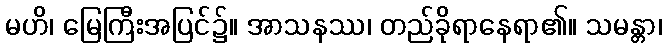
မဟိ၊ မြေကြီးအပြင်၌။ အာသနဿ၊ တည်ခိုရာနေရာ၏။ သမန္တာ၊